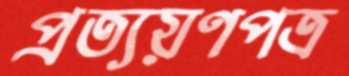
প্রত্যয়ণপত্র